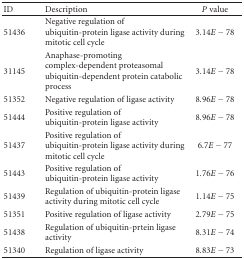
<table><thead><tr><td><b>ID</b></td><td><b>Description</b></td><td><b><i>P</i> value</b></td></tr></thead><tbody><tr><td>51436</td><td>Negative regulation of ubiquitin-protein ligase activity during mitotic cell cycle</td><td>3.14<i>E</i> − 78</td></tr><tr><td>31145</td><td>Anaphase-promoting complex-dependent proteasomal ubiquitin-dependent protein catabolic process</td><td>3.14<i>E</i> − 78</td></tr><tr><td>51352</td><td>Negative regulation of ligase activity</td><td>8.96<i>E</i> − 78</td></tr><tr><td>51444</td><td>Positive regulation of ubiquitin-protein ligase activity</td><td>8.96<i>E</i> − 78</td></tr><tr><td>51437</td><td>Positive regulation of ubiquitin-protein ligase activity during mitotic cell cycle</td><td>6.7<i>E</i> − 77</td></tr><tr><td>51443</td><td>Positive regulation of ubiquitin-protein ligase activity</td><td>1.76<i>E</i> − 76</td></tr><tr><td>51439</td><td>Regulation of ubiquitin-protein ligase activity during mitotic cell cycle</td><td>1.14<i>E</i> − 75</td></tr><tr><td>51351</td><td>Positive regulation of ligase activity</td><td>2.79<i>E</i> − 75</td></tr><tr><td>51438</td><td>Regulation of ubiquitin-prtein ligase activity</td><td>8.31<i>E</i> − 74</td></tr><tr><td>51340</td><td>Regulation of ligase activity</td><td>8.83<i>E</i> − 73</td></tr></tbody></table>